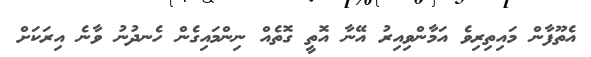
އެތޫފާން މައިތިރިވެ އަމާންވިއިރު އޭނާ އޮތީ ގޮތެއް ނިންމައިގެން ހެނދުނު ވާނެ އިރަކަށް